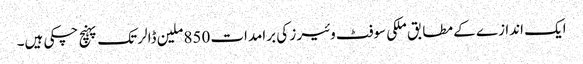
ایک اندازے کے مطابق ملکی سوفٹ وئیر ز کی برامدات 850ملین ڈالر تک پہنچ چکی ہیں۔